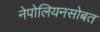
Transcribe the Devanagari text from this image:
नेपोलियनसोबत